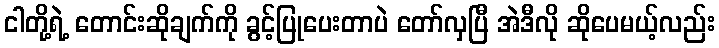
ငါတို့ရဲ့ တောင်းဆိုချက်ကို ခွင့်ပြုပေးတာပဲ တော်လှပြီ အဲဒီလို ဆိုပေမယ့်လည်း